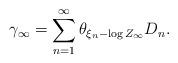
LaTeX: \begin{align*} \gamma_\infty = \sum_{n=1}^{\infty} \theta_{\xi_n- \log Z_\infty} D_n.\end{align*}